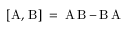
[ \operatorname { A } , \, \operatorname { B } ] \; = \; \operatorname { A } \operatorname { B } - \operatorname { B } \operatorname { A }